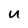
Character: u